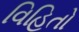
વિહિતો